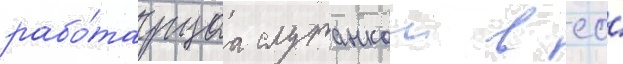
рабо́таущаа служанкои в ео́